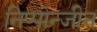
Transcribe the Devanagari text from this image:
निप्पोन्जीन